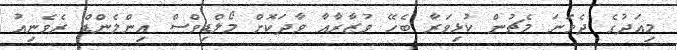
މިއަދުގެ ދެވަނަ މެޗުން ކުޅިވަރާ ބެހޭ ވުޒާރާއާ ވާދަކޮށް މޯލްޑިވްސް އިންލެންޑް ރެވެނިއު